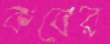
কবের